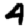
Digit: 4